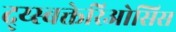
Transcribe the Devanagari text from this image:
द्य्स्बक्तेरिओसिस